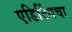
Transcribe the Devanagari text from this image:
एडिटिंगचा